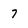
Character: 7